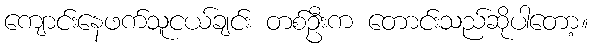
ကျောင်းနေဖက်သူငယ်ချင်း တစ်ဦးက တောင်းသည်ဆိုပါတော့။